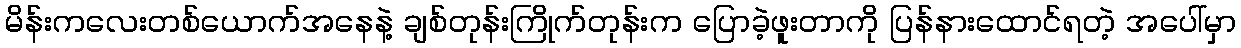
မိန်းကလေးတစ်ယောက်အနေနဲ့ ချစ်တုန်းကြိုက်တုန်းက ပြောခဲ့ဖူးတာကို ပြန်နားထောင်ရတဲ့ အပေါ်မှာ